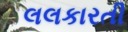
લલકારતી